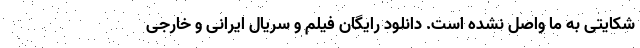
شکایتی به ما واصل نشده است. دانلود رایگان فیلم و سریال ایرانی و خارجی